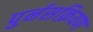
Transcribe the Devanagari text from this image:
पुर्नसक्रियण